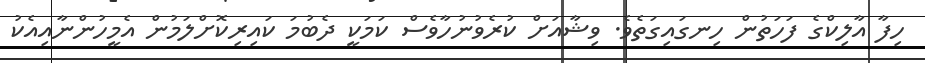
ހިފާ އާލިކްގެ ފަހަތުން ހިނގައިގަތެވެ. ވިޝާއަށް ކުރެވުނުހާވެސް ކަމަކީ ދެބުމަ ކައިރިކޮށްލަމުން އެމީހުންނާއިއެކު